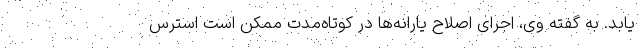
یابد. به گفته وی، اجرای اصلاح یارانه‌ها در کوتاه‌مدت ممکن است استرس